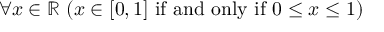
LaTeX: \forall x \in \mathbb { R } \ ( x \in [ 0 , 1 ] { \mathrm { ~ i f ~ a n d ~ o n l y ~ i f ~ } } 0 \leq x \leq 1 )